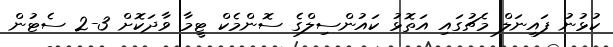
ކުޅުނު ފައިނަލް މެޗުގައި އަތޮޅު ކައުންސިލްގެ ސޮންމެކް ޓީމާ ވާދަކޮށް 3-2 ސެޓުން